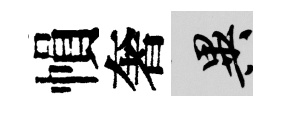
𢄙奢异